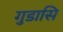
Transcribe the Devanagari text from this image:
गुडासि